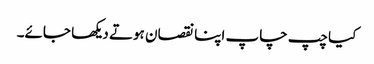
کیا چپ چاپ اپنا نقصان ہوتے دیکھا جائے۔